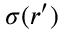
\sigma ( { \boldsymbol { r } } ^ { \prime } )